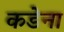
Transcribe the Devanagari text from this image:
कडेना